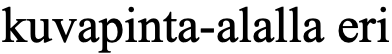
kuvapinta-alalla eri